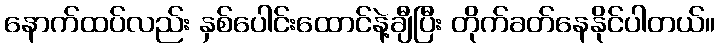
နောက်ထပ်လည်း နှစ်ပေါင်းထောင်နဲ့ချီပြီး တိုက်ခတ်နေနိုင်ပါတယ်။